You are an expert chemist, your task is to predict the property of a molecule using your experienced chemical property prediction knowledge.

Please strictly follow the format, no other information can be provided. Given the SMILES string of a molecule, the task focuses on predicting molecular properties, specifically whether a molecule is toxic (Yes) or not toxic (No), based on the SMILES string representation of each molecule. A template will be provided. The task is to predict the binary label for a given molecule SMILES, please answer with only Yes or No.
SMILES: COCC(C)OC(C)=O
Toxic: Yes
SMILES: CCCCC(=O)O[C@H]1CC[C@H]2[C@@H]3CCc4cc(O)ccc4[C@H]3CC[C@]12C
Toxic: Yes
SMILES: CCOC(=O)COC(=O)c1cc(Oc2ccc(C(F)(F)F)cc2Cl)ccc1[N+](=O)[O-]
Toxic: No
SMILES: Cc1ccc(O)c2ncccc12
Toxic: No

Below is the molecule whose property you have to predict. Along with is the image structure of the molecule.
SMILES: CNS(=O)(=O)Cc1ccc2[nH]cc(CCN(C)C)c2c1
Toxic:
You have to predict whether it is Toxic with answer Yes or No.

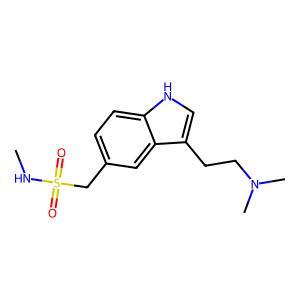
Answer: No